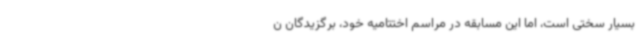
بسیار سختی است، اما این مسابقه در مراسم اختتامیه خود، برگزیدگان ن